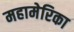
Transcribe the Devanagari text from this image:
महामेरिका